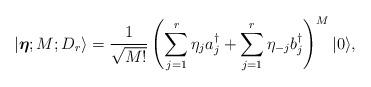
LaTeX: \begin{align*}|\hbox{\boldmath{$\eta$}};M;D_r\rangle= {1\over\sqrt{M!}}\left(\sum_{j=1}^r\eta_ja_j^\dagger +\sum_{j=1}^r\eta_{-j}b_j^\dagger\right)^M|0\rangle, \end{align*}